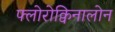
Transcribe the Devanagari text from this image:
फ्लोरोक्विनालोन